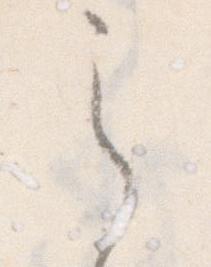
之